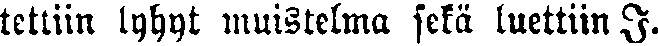
tettiin lyhyt muistelma sekä luettiin I.